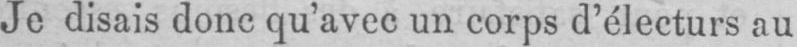
Je disais donc qu’avec un corps d’électurs au